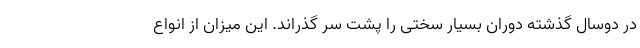
در دوسال گذشته دوران بسیار سختی را پشت سر گذراند. این میزان از انواع